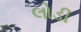
લોડી